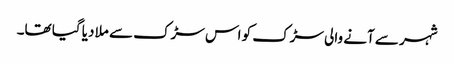
شہر سے آنے والی سڑک کو اس سڑک سے ملا دیا گیا تھا۔